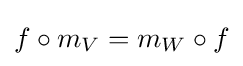
f\circ m_{V}=m_{W}\circ f